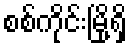
စစ်ကိုင်းမြို့ရှိ